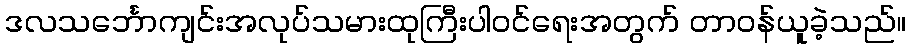
ဒလသင်္ဘောကျင်းအလုပ်သမားထုကြီးပါဝင်ရေးအတွက် တာဝန်ယူခဲ့သည်။